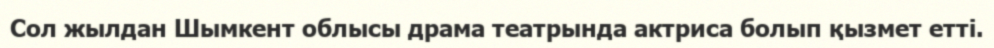
Сол жылдан Шымкент облысы драма театрында актриса болып қызмет етті.